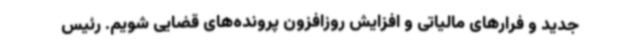
جدید و فرارهای مالیاتی و افزایش روزافزون پرونده‌های قضایی شویم. رئیس